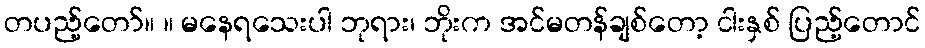
တပည့်တော်။ ။ မနေရသေးပါ ဘုရား၊ ဘိုးက အင်မတန်ချစ်တော့ ငါးနှစ် ပြည့်တောင်